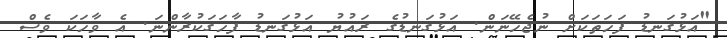
"އަޅުގަނޑު ފަހަތަކަށް ނުޖެހޭނަން. އަޅުގަނޑުގެ ރައުޔު އަޅުގަނޑު ފާހަގަކުރާންނަ. އެ ވާހަކަ ވެސް